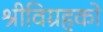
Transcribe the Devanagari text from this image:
श्रीविग्रहको